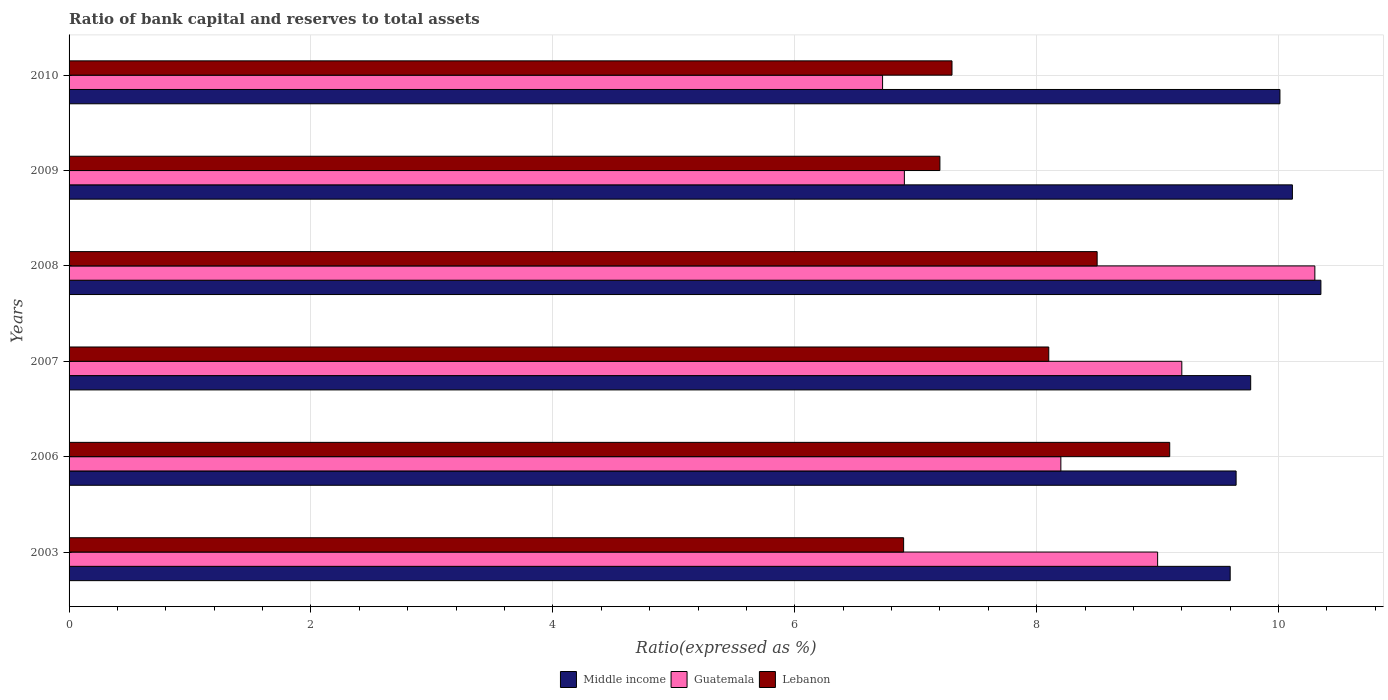
| Years | Middle income | Guatemala | Lebanon |
 | --- | --- | --- | --- |
 | 2003 | 9.6 | 9 | 6.9 |
 | 2006 | 9.65 | 8.2 | 9.1 |
 | 2007 | 9.77 | 9.2 | 8.1 |
 | 2008 | 10.3 | 10.3 | 8.5 |
 | 2009 | 10.1 | 6.91 | 7.2 |
 | 2010 | 10 | 6.73 | 7.3 |